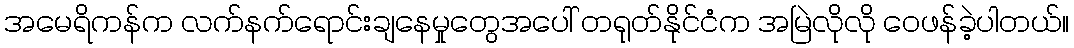
အမေရိကန်က လက်နက်ရောင်းချနေမှုတွေအပေါ် တရုတ်နိုင်ငံက အမြဲလိုလို ဝေဖန်ခဲ့ပါတယ်။